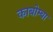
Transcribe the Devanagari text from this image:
काबोम्बा